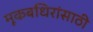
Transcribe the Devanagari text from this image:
मूकबधिरांसाठी